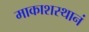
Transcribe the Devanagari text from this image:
माकाशस्थानं